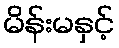
မိန်းမနှင့်